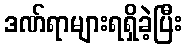
ဒဏ်ရာများရရှိခဲ့ပြီး